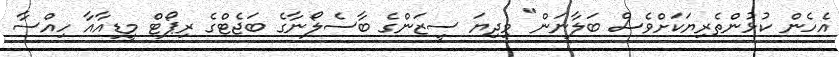
އެހެން ކުޅުންތެރިޔަކަށްވެސް ބަލާނަން" މިދިޔަ ސީޒަންގެ ބާސެލޯނާގެ ބަޖެޓްގެ ރިޕޯޓް މީޑިއާއާ ހިއްސާ